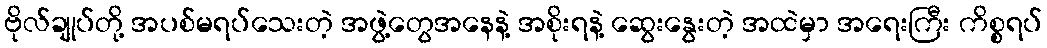
ဗိုလ်ချုပ်တို့ အပစ်မရပ်သေးတဲ့ အဖွဲ့တွေအနေနဲ့ အစိုးရနဲ့ ဆွေးနွေးတဲ့ အထဲမှာ အရေးကြီး ကိစ္စရပ်